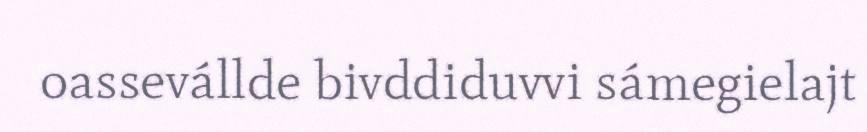
oassevállde bivddiduvvi sámegielajt